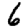
Digit: 6